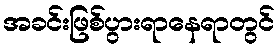
အခင်းဖြစ်ပွားရာနေရာတွင်